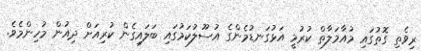
ރިވެތި ގޮތުގައި މުއާމަލާތް ކުރުމީ އަޅުގަނޑުމެންގެ އުސޫލުކަމުގައި ބަލައިގެން ކުރިއަށް ދިއުން މުހިންމެވެ.